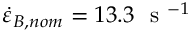
\dot { \varepsilon } _ { B , n o m } = 1 3 . 3 ~ \mathrm { ~ s ~ } ^ { - 1 }